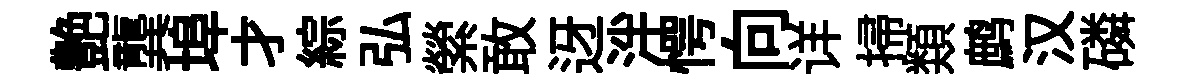
艶龔埠才綜弘縈敢迓泮愕向详掃𩔖鹧汉磷